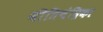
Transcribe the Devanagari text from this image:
नीतिचंद्रिका